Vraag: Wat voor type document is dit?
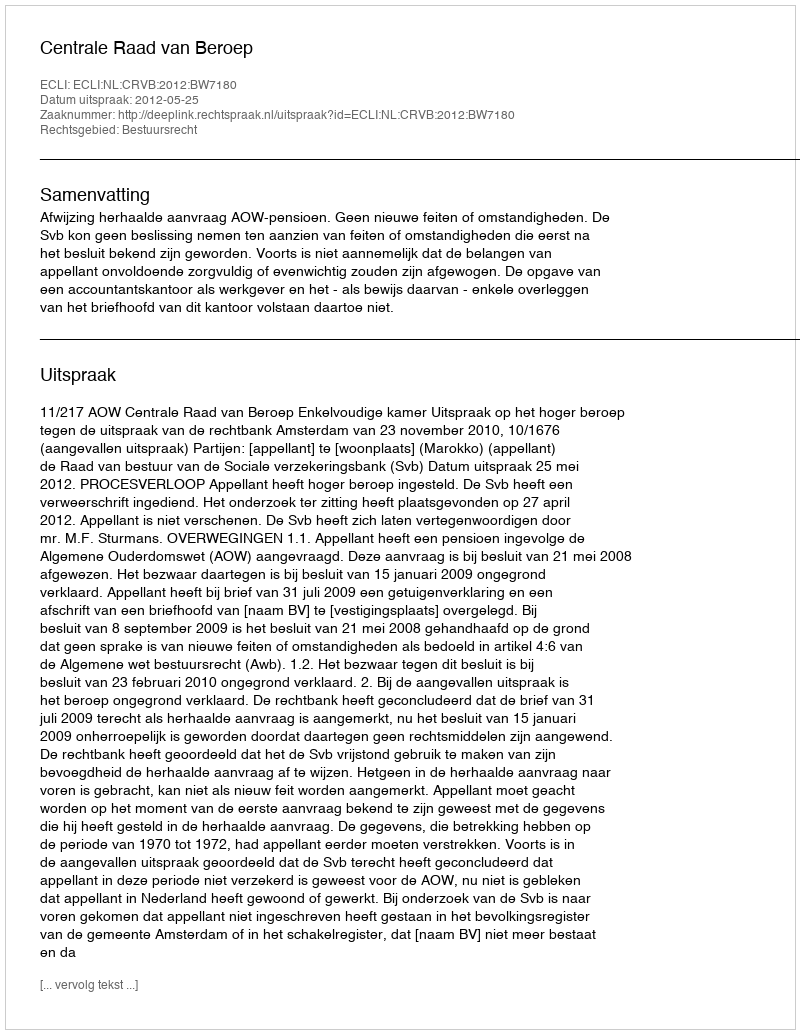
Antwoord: Uitspraak